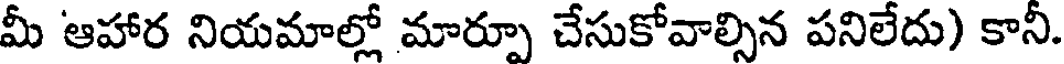
మీ ఆహార నియమాల్లో మార్పూ చేసుకోవాల్సిన పనిలేదు) కానీ